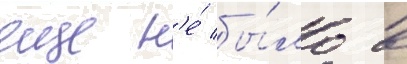
еще н'е́ бы́ло в